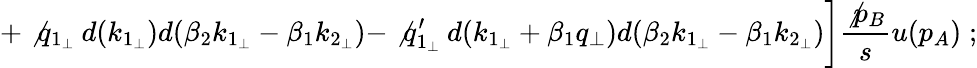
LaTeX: \biggl.+\not{q}_{1_{\perp}}\: d(k_{1_{\perp}})d(\beta_{2}k_{1_{\perp}}-\beta_{1}k_{2_{\perp}})-\not{q}_{1_{\perp}}^{\prime}\: d(k_{1_{\perp}}+\beta_{1}q_{\perp})d(\beta_{2}k_{1_{\perp}}-\beta_{1}k_{2_{\perp}})\biggr]\frac{\not{p}_{B}}{s}u(p_{A})\; ;